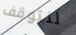
لنتوقف